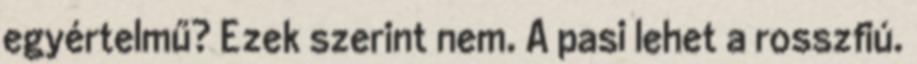
egyértelmű? Ezek szerint nem. A pasi lehet a rosszfiú.